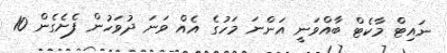
ނައިޓް މާކެޓް ބާއްވަނީ އަންނަ މަހުގެ އެއް ވަނަ ދުވަހުން ފެށެގެން 10